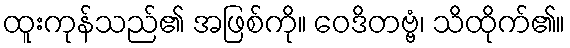
ထူးကုန်သည်၏ အဖြစ်ကို။ ဝေဒိတဗ္ဗံ၊ သိထိုက်၏။